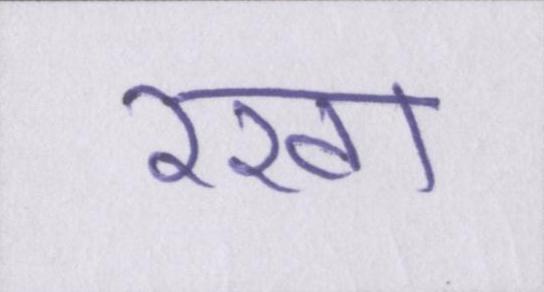
रखा